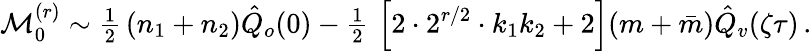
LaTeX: {\cal M}_{0}^{(r)}\sim{\textstyle{\frac{1}{2}}}\, (n_{1}+n_{2})\hat{Q}_{o}(0)-{\textstyle{\frac{1}{2}}}\, \left[2\cdot 2^{r/2}\cdot k_{1}k_{2}+2\right](m+\bar{m})\hat{Q}_{v}(\zeta\tau)\, .